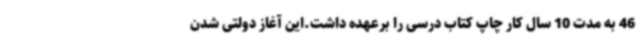
46 به مدت 10 سال کار چاپ کتاب درسی را برعهده داشت.این آغاز دولتی شدن